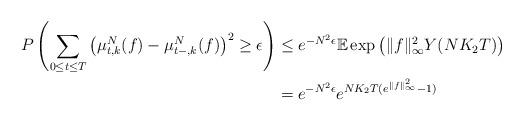
LaTeX: \begin{align*}P\left(\sum_{0\leq t\leq T}\left(\mu^N_{t,k}(f)-\mu^N_{t-,k}(f)\right)^2\geq \epsilon\right)&\leq e^{-N^2\epsilon}\mathbb{E}\exp\left(\|f\|^2_\infty Y(NK_2 T)\right)\\&=e^{-N^2\epsilon}e^{NK_2T(e^{\|f\|^2_\infty}-1)}\end{align*}